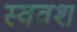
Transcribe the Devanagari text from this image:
स्ववश